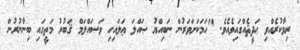
ރިވާކުރެއްވި ޙަދީޘެއްގައިވެއެވެ. "ހަމަކަށަވަރުން ނަބިއްޔު ޞައްލަ ޢަލައިހި ވަސައްލަމް ޤަބުރު މަތީގައި ބިނާނުރުން